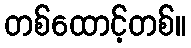
တစ်ထောင့်တစ်။